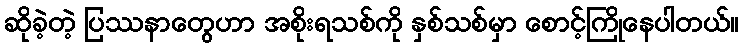
ဆိုခဲ့တဲ့ ပြဿနာတွေဟာ အစိုးရသစ်ကို နှစ်သစ်မှာ စောင့်ကြိုနေပါတယ်။